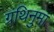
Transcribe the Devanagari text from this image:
ग्रंथिनुमा